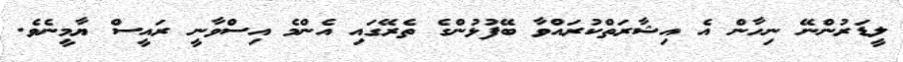
ލީޑަރުންނޭ ނިހާން އެ އިޝާރަތްކުރައްވާ ބޭފުޅުންގެ ތެރޭގައި އެންމެ އިސްވާނީ ރައީސް ޔާމީނެވެ.